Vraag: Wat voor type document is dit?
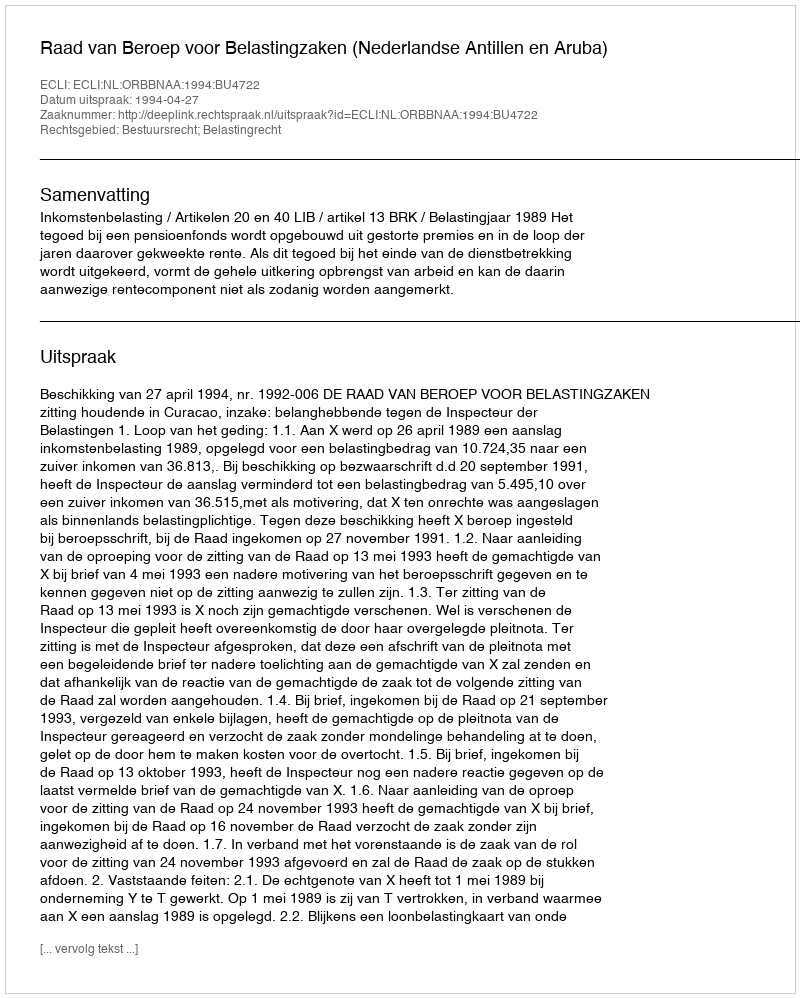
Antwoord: Uitspraak